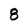
Character: 8